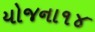
યોજના૧૪